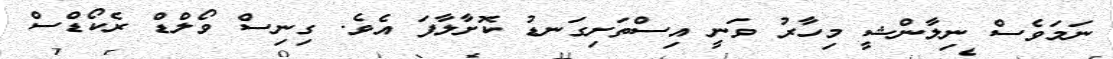
ނަމަވެސް ނިލާންޝީ މިހާރު ވަނީ އިސްތަށިގަނޑު ކޮށާލާފަ އެވެ. ގިނިސް ވޯލްޑް ރެކޯޑްސް